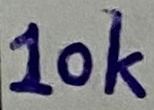
Text: 10K